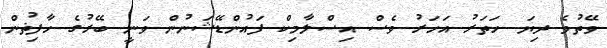
ވޭތުވެ ދިޔަ ހަތަރު އަހަރު ވެސް އިސްލާމިކް ފައުންޑޭޝަނުން ވަނީ ބޭރުގެ ހާފިޡުން